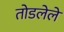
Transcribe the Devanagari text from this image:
तोडलेले